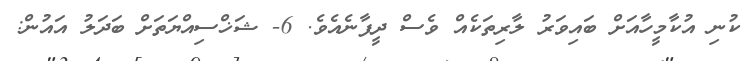
ކުނި އުކާމީހާއަށް ބައިވަރު ލާރިތަކެއް ވެސް ދީފާނެއެވެ. 6- ޝަޚްސިއްޔަތަށް ބަދަލު އައުން: